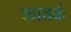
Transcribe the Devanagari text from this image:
कातर्क